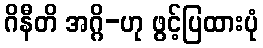
ဂိနီတိ အဂ္ဂိ-ဟု ဖွင့်ပြထားပုံ